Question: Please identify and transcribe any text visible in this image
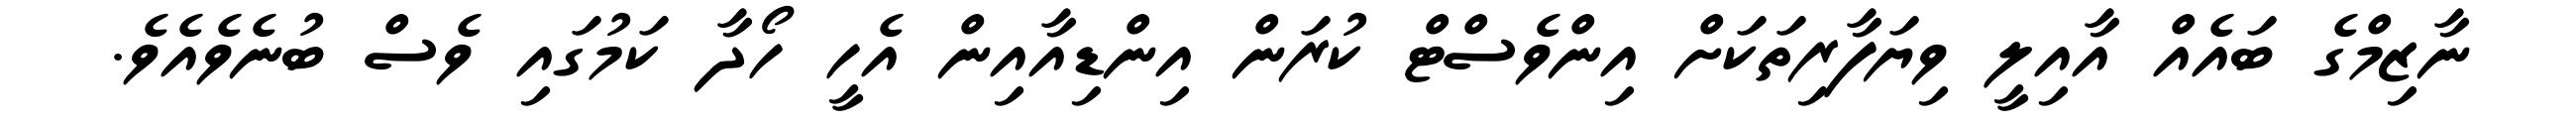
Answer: ނާޒިމްގެ ބައެއް އާއިލީ ވިޔަފާރިތަކަށް އިންވެސްޓް ކުރަން އިންޑިއާއިން އެހީ ހޯދާ ކަމުގައި ވެސް ބުނެވެއެވެ.